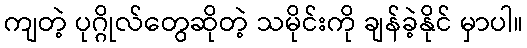
ကျတဲ့ ပုဂ္ဂိုလ်တွေဆိုတဲ့ သမိုင်းကို ချန်ခဲ့နိုင် မှာပါ။